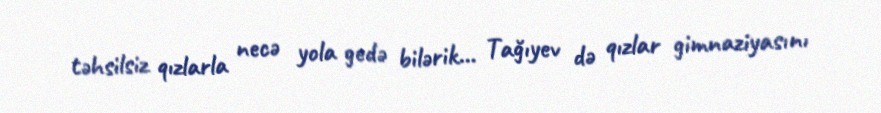
təhsilsiz qızlarla necə yola gedə bilərik… Tağıyev də qızlar gimnaziyasını